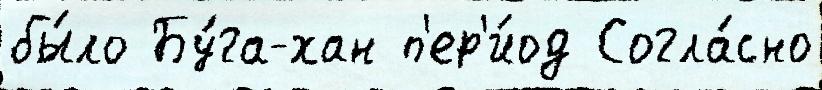
бы́ло Бу́га-хан п'ер'и́од Согла́сно